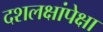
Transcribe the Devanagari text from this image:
दशलक्षांपेक्षा